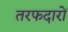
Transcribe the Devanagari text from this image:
तरफदारों